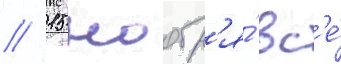
// 15 ноабр'я́ вс'е́